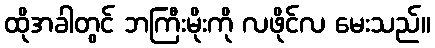
ထိုအခါတွင် ဘကြီးမိုးကို လဖိုင်လ မေးသည်။